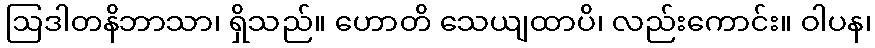
ဩဒါတနိဘာသာ၊ ရှိသည်။ ဟောတိ သေယျထာပိ၊ လည်းကောင်း။ ဝါပန၊